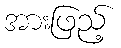
အားဖြည့်